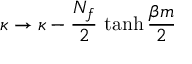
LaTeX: \kappa \rightarrow \kappa - { \frac { N _ { f } } { 2 } } \, \operatorname { t a n h } { \frac { \beta m } { 2 } }